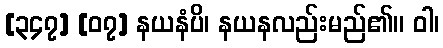
[၃၄၇] [၀၇] နယနံပိ၊ နယနလည်းမည်၏။ ဝါ၊